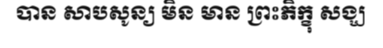
បាន សាបសូន្យ មិន មាន ព្រះភិក្ខុ សង្ឃ